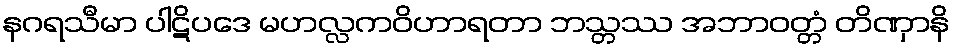
နဂရသီမာ ပါဋိပဒေ မဟလ္လကဝိဟာရတာ ဘသ္တဿ အဘာဝတ္တံ တိဏှာနိ